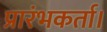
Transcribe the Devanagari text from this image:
प्रारंभकर्ता।